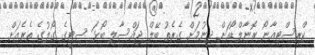
ކްރިސްޓިއާނޯ ރޮނާލްޑޯއަށް ދިނުމަށް ގެރެތު ބޭލް ޖައްސާލި ބޯޅަ ސިޓީގެ ގޯލުގެ ތެރެއަށް